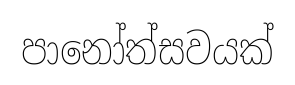
පානෝත්සවයක්